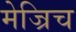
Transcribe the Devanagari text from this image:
मेज्रिच